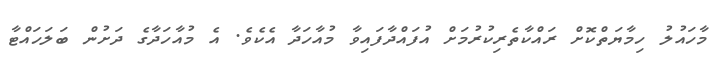
މާހައުލު ހިމާޔަތްކޮށް ރައްކާތެރިކުރުމަށް އުފައްދާފައިވާ މުއާހަދާ އެކެވެ. އެ މުއާހަދާގެ ދަށުން ބަލަހައްޓާ